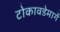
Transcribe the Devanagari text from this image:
टोकावडेमार्गे